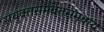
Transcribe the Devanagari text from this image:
संयुक्तसमवेतसमवाय